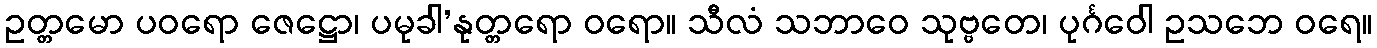
ဥတ္တမော ပဝရော ဇေဋ္ဌော၊ ပမုခါ’နုတ္တရော ဝရော။ သီလံ သဘာဝေ သုဗ္ဗတေ၊ ပုင်္ဂဝေါ ဥသဘေ ဝရေ။